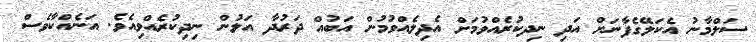
ސަލްމާނު އެކަލޭގެފާނަށް އަދި ނިދކުރެއްވުމަށް އެދިލެއްވުމުން އަބުއް ދަރުދާ އަލުން ނިދިކުރެއްވިއެވެ. އަނެއްކާވެސް